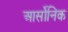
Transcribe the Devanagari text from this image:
आर्सोनिक